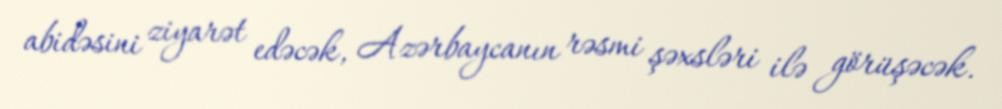
abidəsini ziyarət edəcək, Azərbaycanın rəsmi şəxsləri ilə görüşəcək.